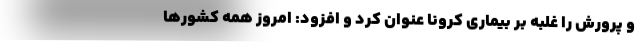
و پرورش را غلبه بر بیماری کرونا عنوان کرد و افزود: امروز همه کشورها